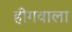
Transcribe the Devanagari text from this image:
हींगवाला